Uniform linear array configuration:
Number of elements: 24
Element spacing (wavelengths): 1
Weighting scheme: hamming
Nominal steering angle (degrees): -45
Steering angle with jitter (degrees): -46.619
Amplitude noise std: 0.05
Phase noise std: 0.05

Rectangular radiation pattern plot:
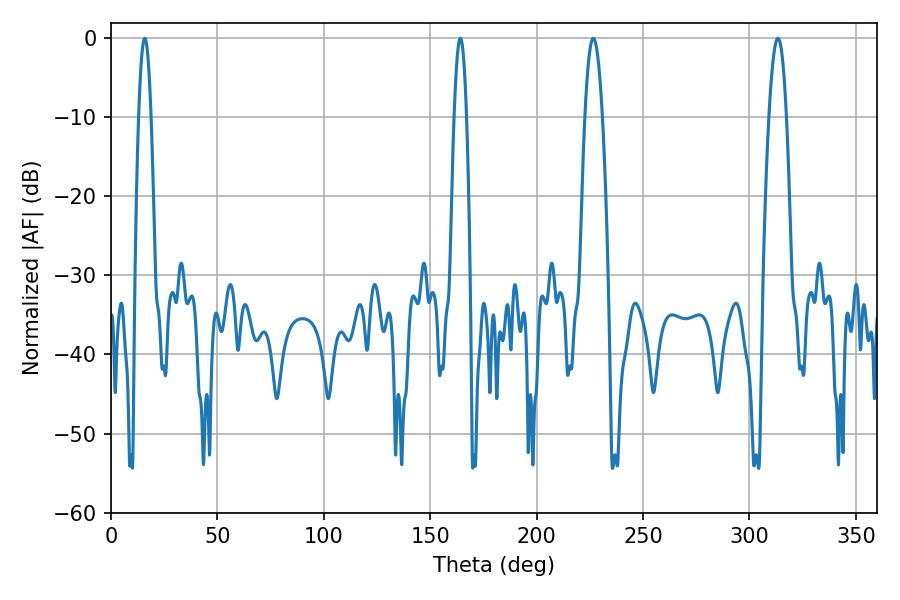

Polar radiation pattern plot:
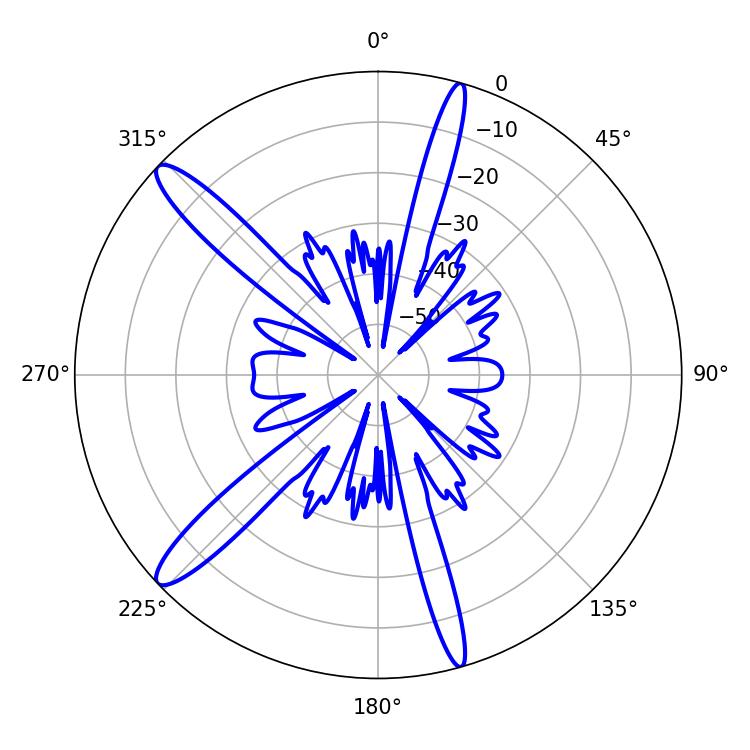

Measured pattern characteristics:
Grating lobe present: TRUE
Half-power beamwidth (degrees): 4.5
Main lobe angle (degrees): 226.62